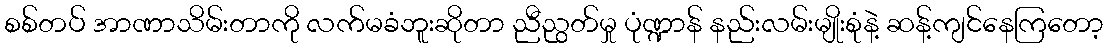
စစ်တပ် အာဏာသိမ်းတာကို လက်မခံဘူးဆိုတာ ညီညွတ်မှု ပုံဏ္ဍာန် နည်းလမ်းမျိုးစုံနဲ့ ဆန့်ကျင်နေကြတော့